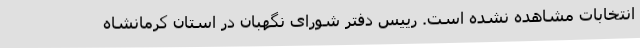
انتخابات مشاهده نشده است. رییس دفتر شورای نگهبان در استان کرمانشاه